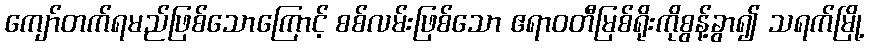
ကျော်တက်ရမည်ဖြစ်သောကြောင့် စစ်လမ်းဖြစ်သော ဧရာဝတီမြစ်ရိုးကိုစွန့်ခွာ၍ သရက်မြို့